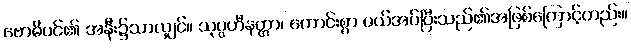
ဗောဓိပင်၏ အနီး၌သာလျှင်။ သုပ္ပဟီနတ္တာ၊ ကောင်းစွာ ပယ်အပ်ပြီးသည်၏အဖြစ်ကြောင့်တည်း။